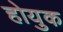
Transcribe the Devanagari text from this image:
होयुक